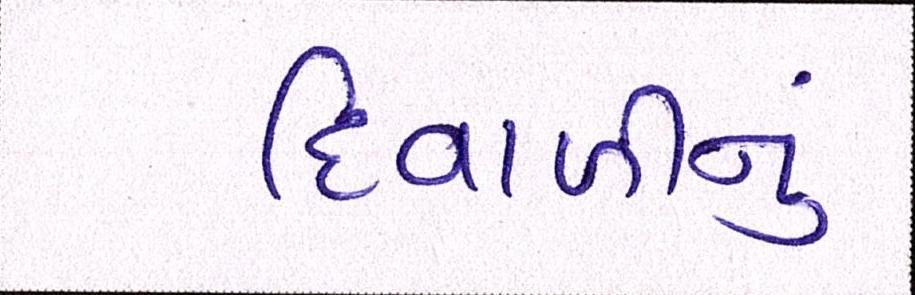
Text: દિવાળીનું